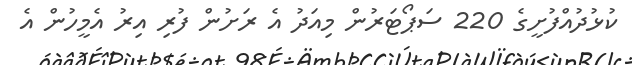
ކުޅުދުއްފުށީގެ 220 ސަޕޯޓަރުން މިއަދު އެ ރަށުން ފުރި އިރު އެމީހުން އެ